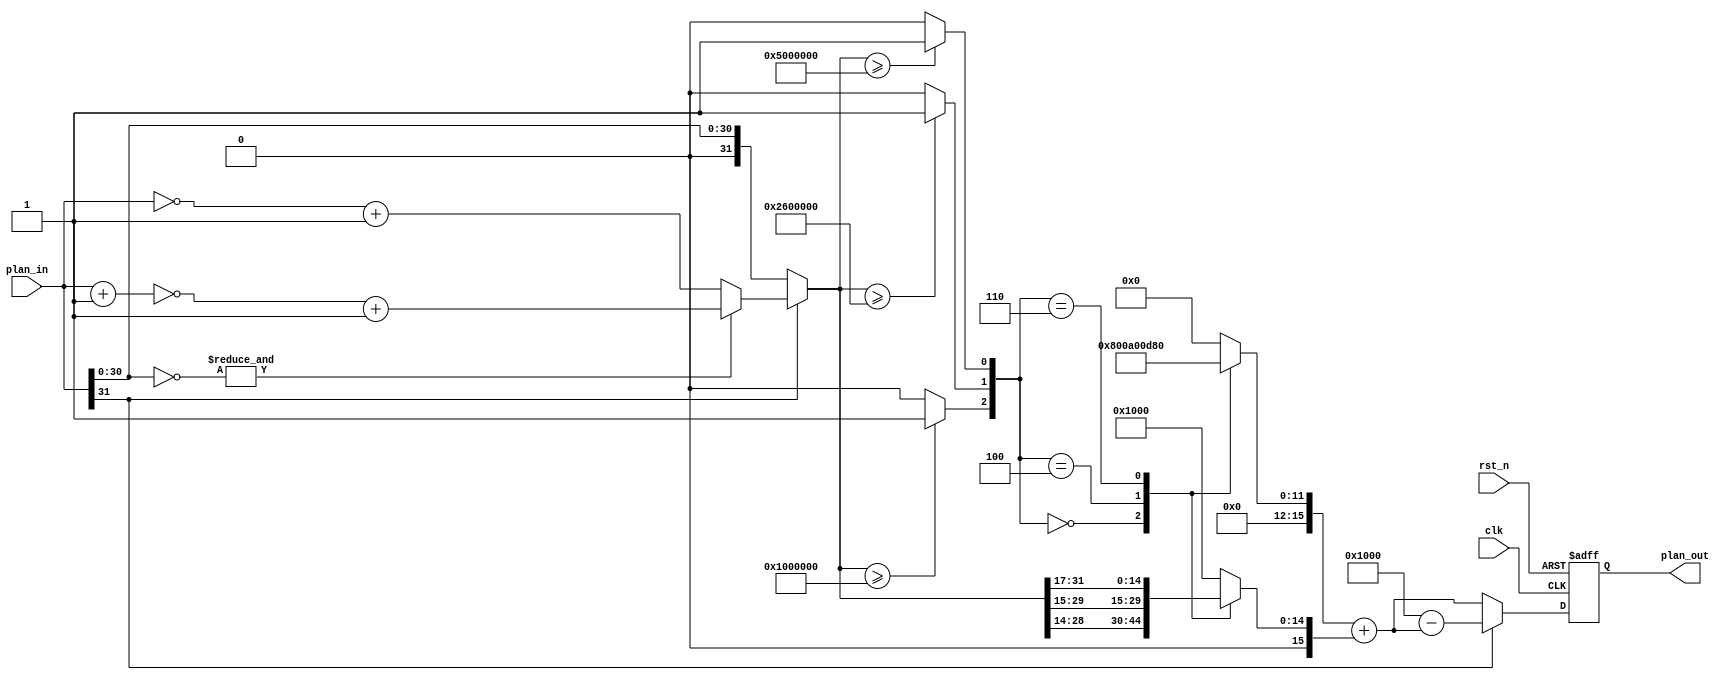
/*
 *** Piecewise Linear Approximation ***
 * 
 * fixed_point data precision
 *	[31:0]
 * 		[31]:		sign
 *		[30:24]:	integer
 *		[23:0] :	decimal
 *
 *	[15:0]
 *		[15]:		sign
 *		[14:12]:	integer
 *		[11:0] :	decimal
 */

module sigmoid(clk, rst_n, plan_in, plan_out);
	input wire clk, rst_n;
	input wire [31:0] plan_in;
	output reg [15:0] plan_out;

	reg [31:0] abs_in;
	wire [2:0] sel;

	wire [31:0] abs_lshift_5;
	wire [31:0] abs_lshift_3;
	wire [31:0] abs_lshift_2;
	wire [15:0] in_lshift_5;
	wire [15:0] in_lshift_3;
	wire [15:0] in_lshift_2;

	reg [15:0] add_0, add_1;

assign sel[0] = (abs_in >= 32'h0500_0000) ? 1'b1 : 1'b0;
assign sel[1] = (abs_in >= 32'h0260_0000) ? 1'b1 : 1'b0;
assign sel[2] = (abs_in >= 32'h0100_0000) ? 1'b1 : 1'b0;

assign abs_lshift_5 = abs_in >> 5;
assign abs_lshift_3 = abs_in >> 3;
assign abs_lshift_2 = abs_in >> 2;
assign in_lshift_5 = {1'b0, abs_lshift_5[26:12]};
assign in_lshift_3 = {1'b0, abs_lshift_3[26:12]};
assign in_lshift_2 = {1'b0, abs_lshift_2[26:12]};

always @(plan_in) begin
	// if plan_in is a negative number
	if (plan_in[31]) begin
		/* Exception: 32'h80000000 */
		abs_in = (&(~plan_in[30:0])) ? ~(plan_in+32'h1) + 32'h1 : ~plan_in + 32'h1;
	// if plan_in is a positive number
	end else begin
		abs_in = plan_in;
	end
end

always @(*) begin
	add_0 = 16'h0;
	add_1 = 16'h0;
	case (sel)
		3'b000: begin
			add_0 = 16'h0800;	//Fixed 16'h0800 = 0.5
			add_1 = in_lshift_2;	//abs_in * 0.25
		end
		3'b100: begin
			add_0 = 16'h0a00;	//Fixed 16'h0a00 = 0.625
			add_1 = in_lshift_3;
		end
		3'b110: begin
			add_0 = 16'h0d80;	//Fixed 16'h0d80 = 0.84375
			add_1 = in_lshift_5;
		end
		3'b111: begin
			add_0 = 16'h0;
			add_1 = 16'h1000;
		end
		default: begin
			add_0 = 16'h0;
			add_1 = 16'h1000;
		end
	endcase
end

always @(posedge clk or negedge rst_n) begin
	if (!rst_n) begin
		plan_out <= 16'h0;
	end else begin
		plan_out <= (!plan_in[31]) ? add_0 + add_1 : 16'h1000 - (add_0 + add_1);
	end
end

endmodule